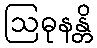
ဩဓုနန္တိ